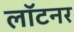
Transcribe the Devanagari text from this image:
लॉटनर